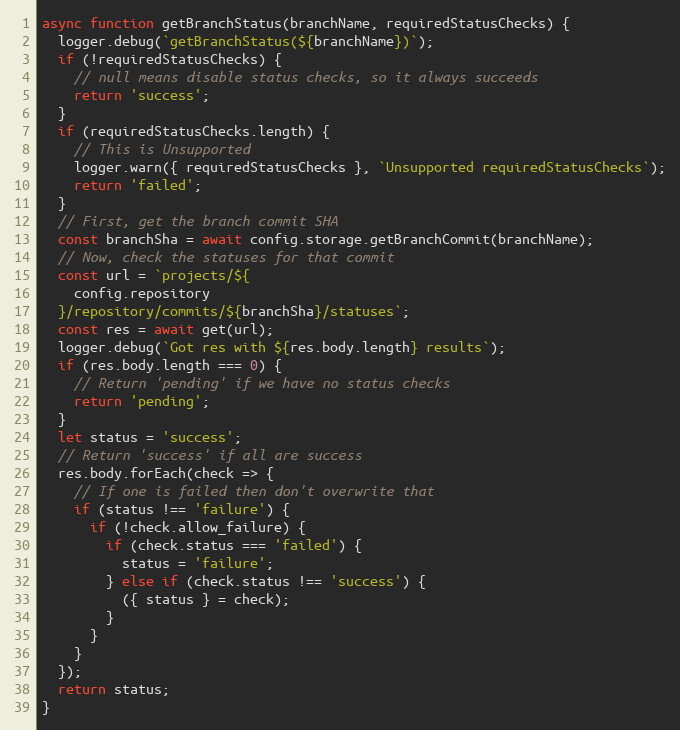
Language: JavaScript
async function getBranchStatus(branchName, requiredStatusChecks) {
  logger.debug(`getBranchStatus(${branchName})`);
  if (!requiredStatusChecks) {
    // null means disable status checks, so it always succeeds
    return 'success';
  }
  if (requiredStatusChecks.length) {
    // This is Unsupported
    logger.warn({ requiredStatusChecks }, `Unsupported requiredStatusChecks`);
    return 'failed';
  }
  // First, get the branch commit SHA
  const branchSha = await config.storage.getBranchCommit(branchName);
  // Now, check the statuses for that commit
  const url = `projects/${
    config.repository
  }/repository/commits/${branchSha}/statuses`;
  const res = await get(url);
  logger.debug(`Got res with ${res.body.length} results`);
  if (res.body.length === 0) {
    // Return 'pending' if we have no status checks
    return 'pending';
  }
  let status = 'success';
  // Return 'success' if all are success
  res.body.forEach(check => {
    // If one is failed then don't overwrite that
    if (status !== 'failure') {
      if (!check.allow_failure) {
        if (check.status === 'failed') {
          status = 'failure';
        } else if (check.status !== 'success') {
          ({ status } = check);
        }
      }
    }
  });
  return status;
}